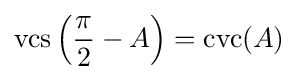
\operatorname {vcs} \left({\frac {\pi }{2}}-A\right)=\operatorname {cvc} (A)